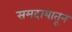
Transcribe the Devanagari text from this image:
समदायातून